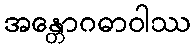
အန္တောဂဓာဝါဿ